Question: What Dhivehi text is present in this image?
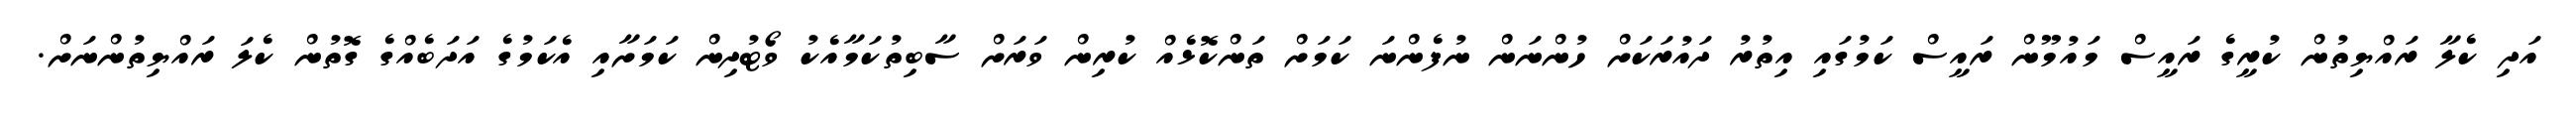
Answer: އަދި ކެލާ ރައްޔިތުން ކުރީގެ ރައީސް މައުމޫން ރައީސް ކަމުގައި އިތުރު ދައުރަކަށް ހުންނަން ނުފެންނަ ކަމަށް ތަންކޮޅެއް ކުރިން ވަރަށް ސާބިތުކަމާއެކު ވޯޓުދިން ކަމަށާއި އެކަމުގެ އަދަބެއްގެ ގޮތުން ކެލަ ރައްޔިތުންނަށް.